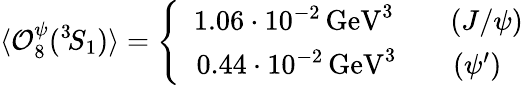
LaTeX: \langle{\cal O}_{8}^{\psi}({}^{3}\! S_{1})\rangle=\left\{ \begin{array}{c}{{\, \, \, 1.06\cdot 10^{-2}\, \mathrm{GeV}^{3}\qquad(J/\psi)}}\\ {{\! 0.44\cdot 10^{-2}\, \mathrm{GeV}^{3}\qquad(\psi^{\prime})}}\end{array}\right.